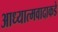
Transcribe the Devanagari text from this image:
आध्यात्मवादाकडे